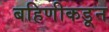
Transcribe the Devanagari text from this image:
बहिणीकडून